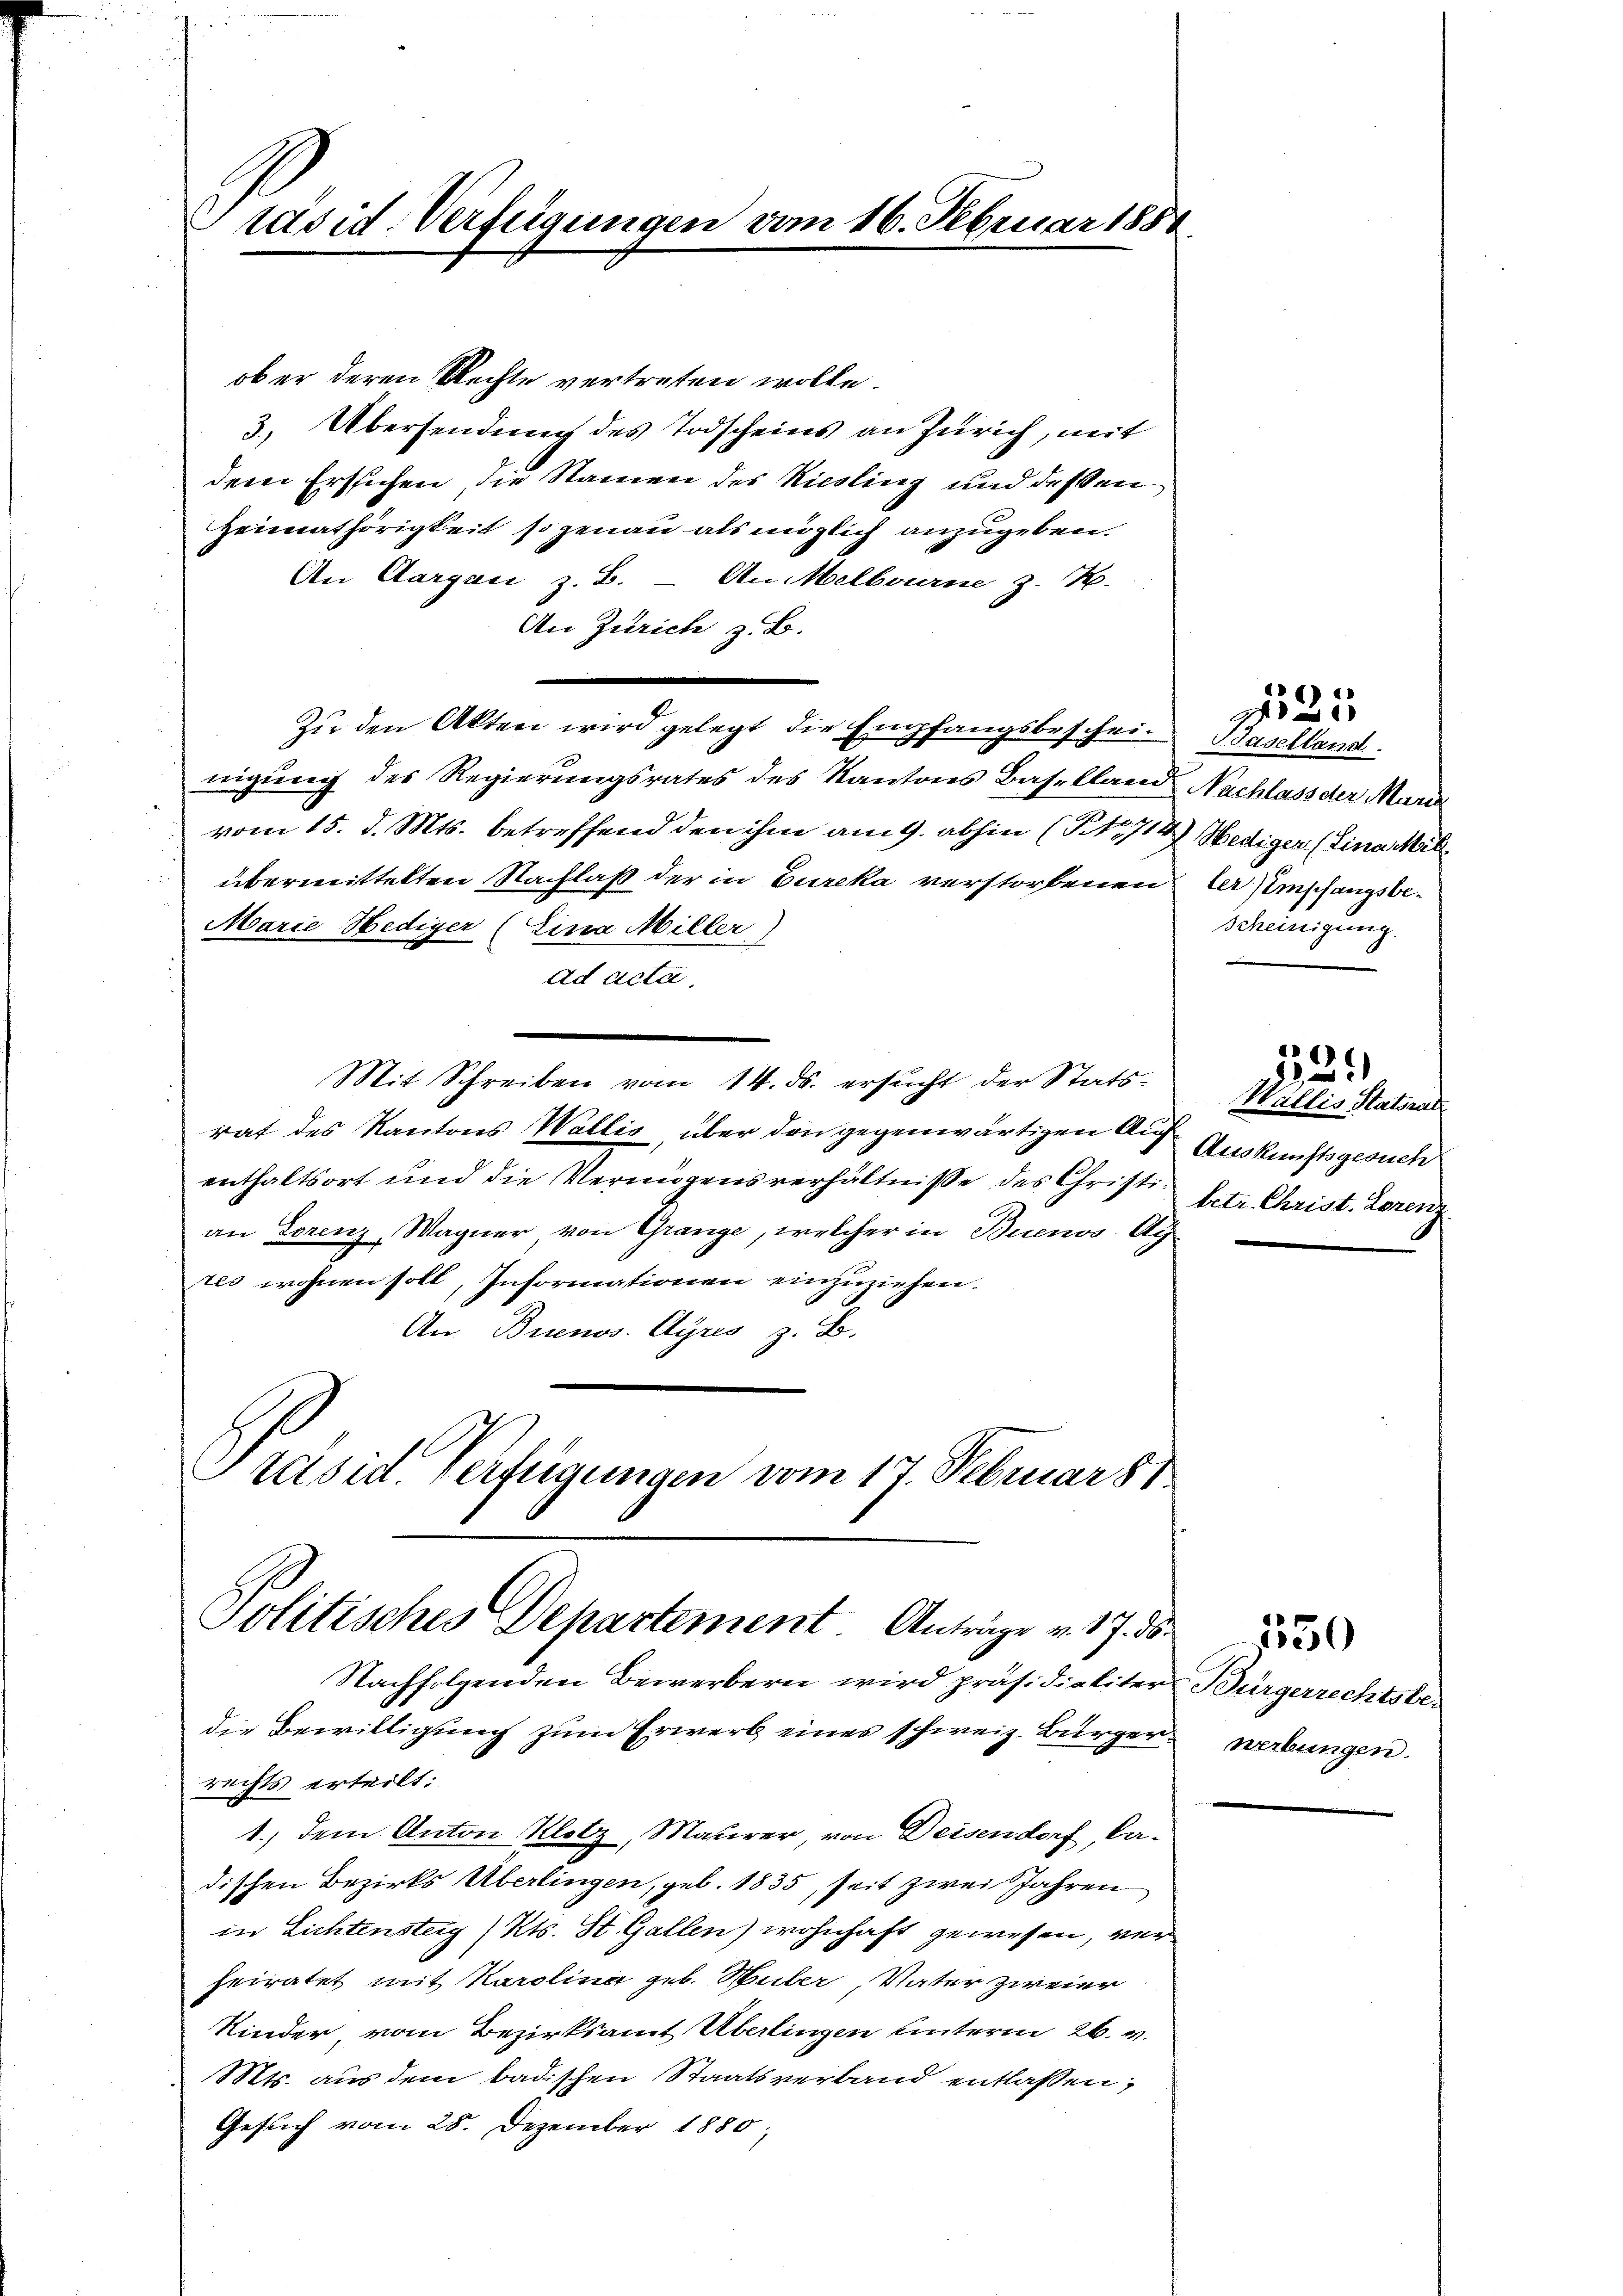
ob er deren Rechte vertreten wolle.
3. Übersendung des Todscheins an Zürich, mit
dem Ersuchen, die Namen des Kiesling und dessen
Heimathörigkeit so genau als möglich anzugeben.
An Aargau z. B. - An Melbourne z. H.
An Zürich z. B.
nigung des Regierungsrates des Kantons Baselland Nachlass der Maria
vom 15. d. Mts. betreffend den ihm am 9. abhin (NNo. 714 Wediger (Eina Mat
übermittelten Nachlaß der in Burcka verstorbenen der empfangsbe¬
Marie Hediger (Eina Miller
ad acta.
Mit Schreiben vom 14. ds. ersucht der Statsrat des Kantons Wallis, über den gegenwärtigen Auf
enthaltsort und die Vermögensverhältnisse des Christian Lorenz, Wagner, von Grange, welcher in Buenos-Ay
res wohnen soll, Informationen einzuziehen.
An Buenos Ayres z. B.
Präsid. Verfügungen vom 17. Februar 81

räsid. Verfügungen vom 16. Februar 1888.

Zŭ den Akten wird gelegt die Empfangsbeschein Baselland.

Politisches Departement Anträge v. 17. ds
Nachfolgenden Bewerbern wird präsidialiter Bürgerrechtsbe¬

die Bewilligung zum Erwerb eines schweiz. Bürgerrechts erteilt:
1.) dem Anton Klotz, Maurer, von Deisendorf, Cadischen Bezirks Überlingen, geb. 1835, seit zwei Jahren
in Lichtensteig (Kts. St. Gallen) wohnhaft gewesen, verheiratet mit Karolina geb. Huber, Vater zweier
Kinder vom Bezirksamt Überlingen unterm 26. v.
Mts. aus dem badischen Staatsverband entlassen,
Gesuch vom 28. Dezember 1880,

125

Scheinigung

335

Wallis Satzes
Auskunftsgesuch
betr. Christ. Lorenz

werbungen.

150